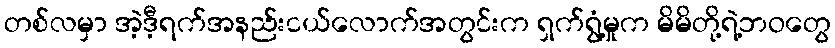
တစ်လမှာ အဲ့ဒီ့ရက်အနည်းငယ်လောက်အတွင်းက ရှက်ရွံ့မှုက မိမိတို့ရဲ့ဘဝတွေ